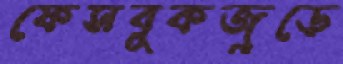
ফেসবুকজুড়ে